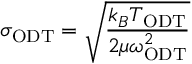
\sigma _ { \mathrm { O D T } } = \sqrt { \frac { k _ { B } T _ { \mathrm { O D T } } } { 2 \mu \omega _ { \mathrm { O D T } } ^ { 2 } } }